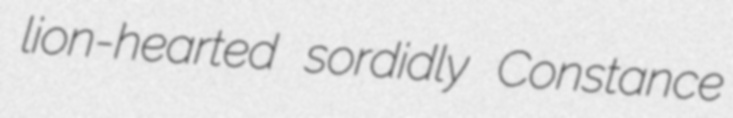
lion-hearted sordidly Constance